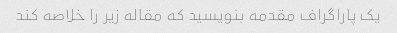
یک پاراگراف مقدمه بنویسید که مقاله زیر را خلاصه کند